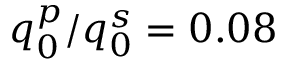
q _ { 0 } ^ { p } / q _ { 0 } ^ { s } = 0 . 0 8